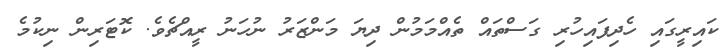
ކައިރީގައި ހެދިފައިހުރި ގަސްތައް ތެއްމަމުން ދިޔަ މަންޒަރު ނުހަނު ރީއްޗެވެ. ކޮޓަރިން ނިކުމެ